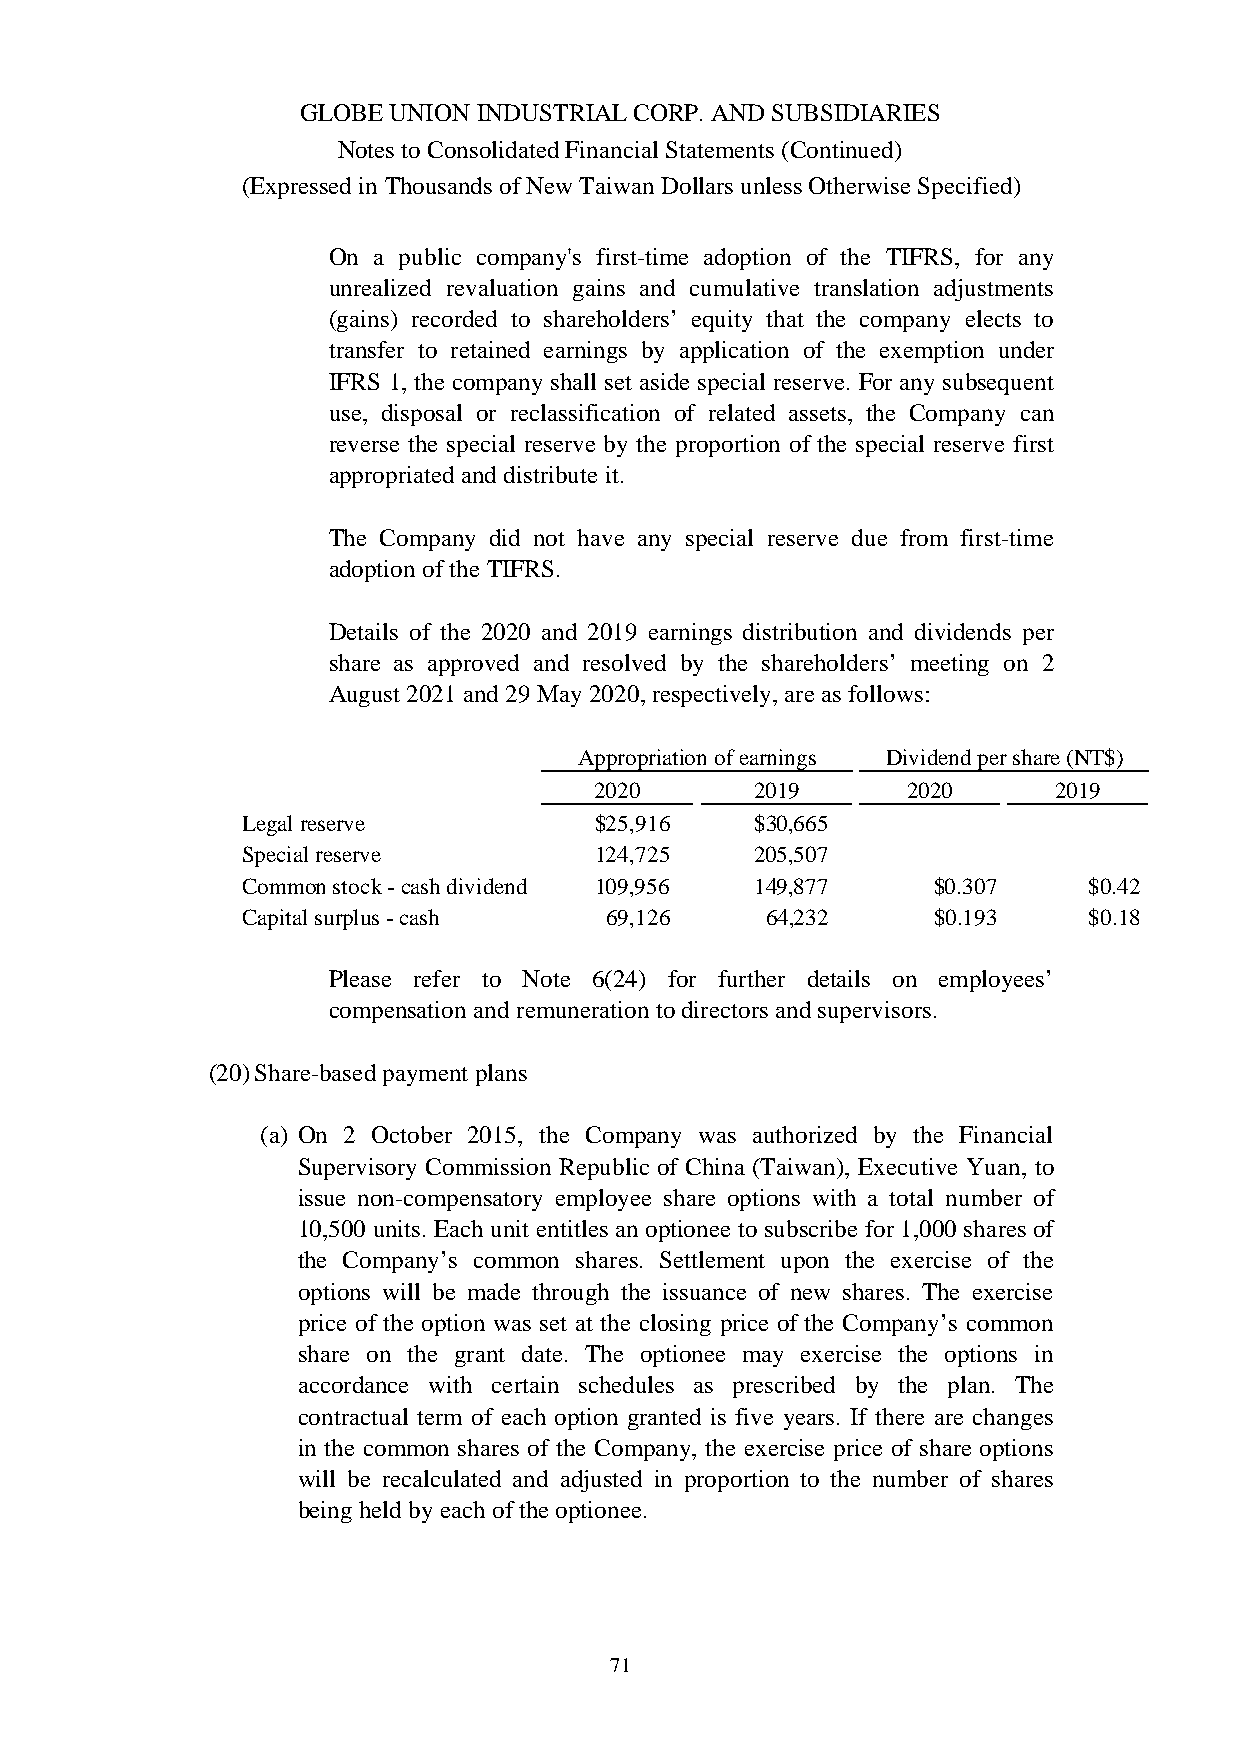
GLOBE UNION INDUSTRIAL CORP. AND SUBSIDIARIES
 Notes to Consolidated Financial Statements (Continued)
 (Expressed in Thousands of New Taiwan Dollars unless Otherwise Specified)
 On a public company's first-time adoption of the TIFRS, for any
 unrealized revaluation gains and cumulative translation adjustments
 (gains) recorded to shareholders’ equity that the company elects to
 transfer to retained earnings by application of the exemption under
 IFRS 1, the company shall set aside special reserve. For any subsequent
 use, disposal or reclassification of related assets, the Company can
 reverse the special reserve by the proportion of the special reserve first
 appropriated and distribute it.
 The Company did not have any special reserve due from first-time
 adoption of the TIFRS.
 Details of the 2020 and 2019 earnings distribution and dividends per
 share as approved and resolved by the shareholders’ meeting on 2
 August 2021 and 29 May 2020, respectively, are as follows:
 Appropriation ofearnings Dividendper share (NT$)
 2020       2019      2020      2019
 Legal reserve          $25,916    $30,665
 Special reserve        124,725    205,507
 Common stock-cash dividend 109,956 149,877    $0.307    $0.42
 Capitalsurplus-cash     69,126     64,232     $0.193    $0.18
 Please refer to Note 6(24) for further details on employees’
 compensation and remuneration to directors and supervisors.
 (20)Share-based payment plans
 (a) On 2 October 2015, the Company was authorized by the Financial
 Supervisory Commission Republic of China (Taiwan), Executive Yuan, to
 issue non-compensatory employee share options with a total number of
 10,500 units. Each unit entitles an optionee to subscribe for 1,000 shares of
 the Company’s common shares. Settlement upon the exercise of the
 options will be made through the issuance of new shares. The exercise
 price of the option was set at the closing price of the Company’s common
 share on the grant date. The optionee may exercise the options in
 accordance with certain schedules as prescribed by the plan. The
 contractual term of each option granted is five years. If there are changes
 in the common shares of the Company, the exercise price of share options
 will be recalculated and adjusted in proportion to the number of shares
 being held by each of the optionee.
 71